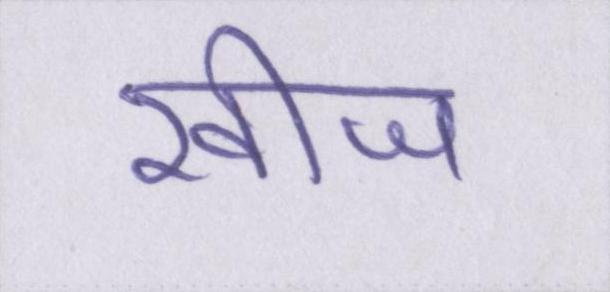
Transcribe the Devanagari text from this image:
खीज